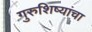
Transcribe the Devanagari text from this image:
गुरुशिष्यांचा